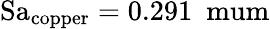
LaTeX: \mathrm{Sa_{copper}=0.291\ \ mum}